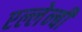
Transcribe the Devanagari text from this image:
एल्लेन्बी